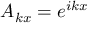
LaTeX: A _ { k x } = e ^ { i k x }